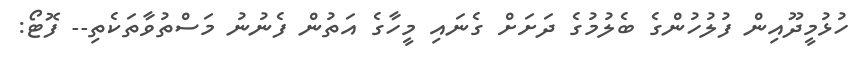
ހުޅުމީދޫއިން ފުލުހުންގެ ބެލުމުގެ ދަށަށް ގެނައި މީހާގެ އަތުން ފެނުނު މަސްތުވާތަކެތި-- ފޮޓޯ: